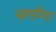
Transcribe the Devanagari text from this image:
बर्लांगा